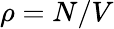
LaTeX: \rho=N/V